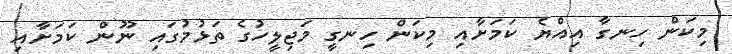
މިކަން ހިނގާ އިއްޔެ ކަމަށާއި މިކަން ހިނގީ މަޖިލީހުގެ ތަޅުމުގައި ނޫން ކަމަށާއި